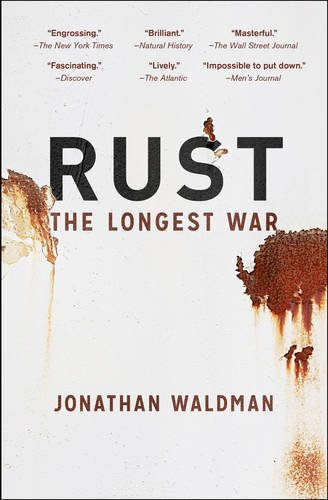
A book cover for Rust: The Longest War; Jonathan Waldman; Science & Math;